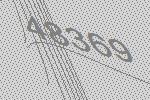
48369